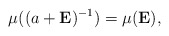
\begin{align*}\mu ( (a + {\bf E})^{-1} ) = \mu (\mathbf E),\end{align*}